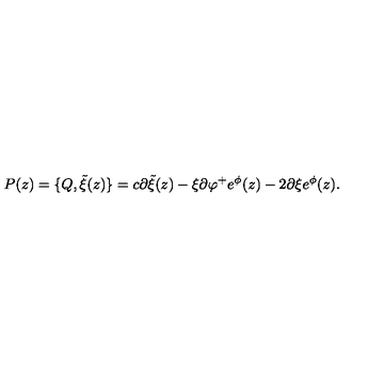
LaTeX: P ( z ) = \{ Q , { \tilde { \xi } } ( z ) \} = c \partial { \tilde { \xi } } ( z ) - \xi \partial \varphi ^ { + } e ^ { \phi } ( z ) - 2 \partial \xi e ^ { \phi } ( z ) .